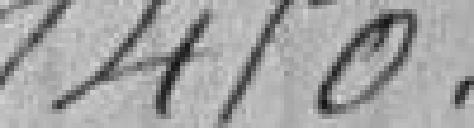
1450